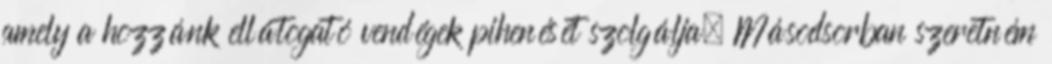
amely a hozzánk ellátogató vendégek pihenését szolgálja. Másodsorban szeretném